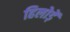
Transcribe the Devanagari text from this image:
हिलोड़ें